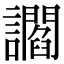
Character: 讇